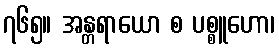
၇၆၅။ အန္တရာယော စ ပစ္စူဟော၊